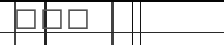
١٤١